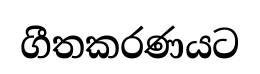
ගීතකරණයට